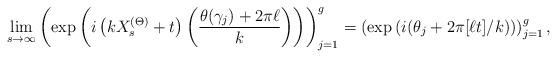
LaTeX: \begin{align*}\lim_{s \to \infty} \left(\exp\left(i\left(kX_s^{(\Theta)}+t\right)\left(\frac{\theta(\gamma_j) + 2\pi\ell}{k}\right)\right)\right)_{j=1}^g = \left(\exp\left(i(\theta_j + 2\pi [\ell t]/k)\right)\right)_{j=1}^g,\end{align*}